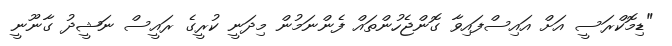
"ޑިމޮކްރަސީ އަށް އައިސްފައިވާ ގޮންޖެހުންތައް ފެންނަމުން މިދަނީ ކުރީގެ ރައީސް ނަޝީދު ގާނޫނީ